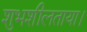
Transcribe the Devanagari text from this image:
शुभशीलताया।